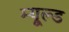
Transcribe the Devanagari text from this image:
म्यूल्ड